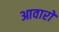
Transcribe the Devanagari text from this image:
आवारों